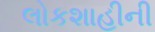
લોકશાહીની